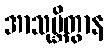
အာသုမ္ဘိတွာန